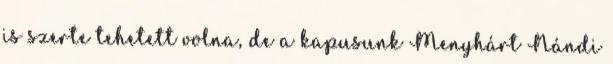
is szerte tehetett volna, de a kapusunk Menyhárt Nándi